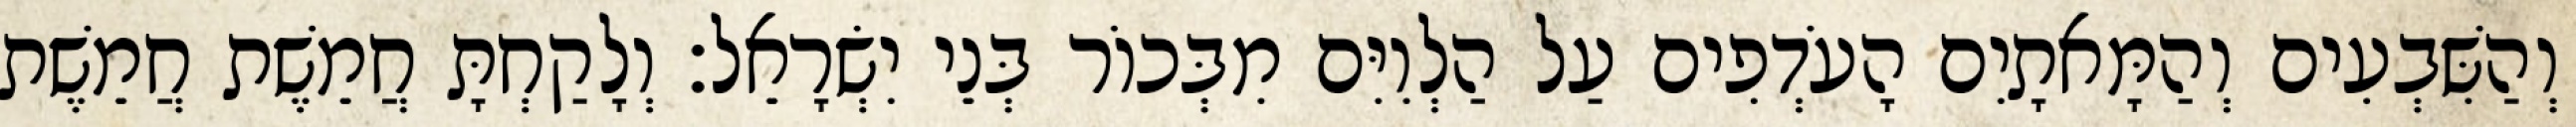
וְהַשִּׁבְעִים וְהַמָּאתָיִם הָעֹדְפִים עַל הַלְוִיִּם מִבְּכוֹר בְּנֵי יִשְׂרָאֵל׃ וְלָקַחְתָּ חֲמֵשֶׁת חֲמֵשֶׁת